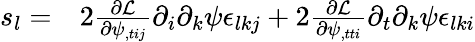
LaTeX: \begin{array}{rl}{s_{l}=}&{{}2\frac{\partial\mathcal L}{\partial\psi_{,tij}}\partial_{i}\partial_{k}\psi\epsilon_{lkj}+2\frac{\partial\mathcal L}{\partial\psi_{,tti}}\partial_{t}\partial_{k}\psi\epsilon_{lki}}\end{array}